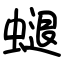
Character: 螁